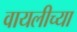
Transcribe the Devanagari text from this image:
वायलीच्या